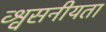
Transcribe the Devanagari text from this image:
व्श्वसनीयता